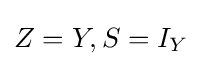
Z=Y,S=I_{Y}